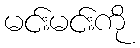
မင်းမင်းကို